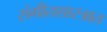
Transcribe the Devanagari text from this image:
संगीतशास्त्रात